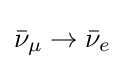
{\bar {\nu }}_{\mu }\rightarrow {\bar {\nu }}_{e}